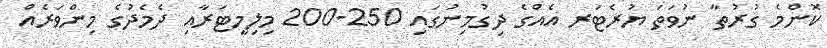
ކޮންމެ ގުރުތާ ނުވަތަ ޔުރެޓަރ އެއްގެ ދިގުމިނުގައި 250-200 މިލިމީޓަރާއި ދެމެދުގެ މިންވަރެއް